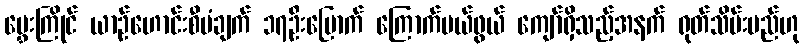
မွှေးကြိုင် ယာဉ်ဟောင်းစီမံချက် ၁၇ဦးမြောက် ကြောက်မယ်ဖွယ် ကျော်ရှိသည့်အနက် ရုတ်သိမ်းမည်ဟု